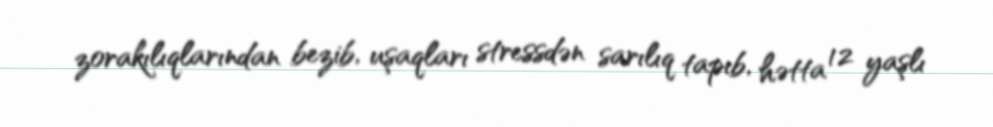
zorakılıqlarından bezib, uşaqları stressdən sarılıq tapıb, hətta 12 yaşlı